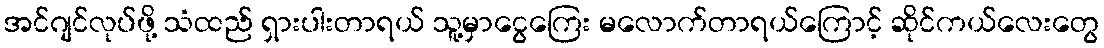
အင်ဂျင်လုပ်ဖို့ သံထည် ရှားပါးတာရယ် သူ့မှာငွေကြေး မလောက်တာရယ်ကြောင့် ဆိုင်ကယ်လေးတွေ